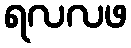
ရလလဖ